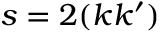
s = 2 ( k k ^ { \prime } )